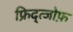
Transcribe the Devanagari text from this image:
फ्रिद्त्जोफ़